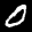
Label: 0